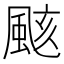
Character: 𮨫